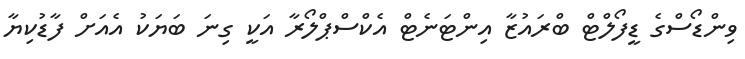
ވިންޑޯސްގެ ޑީފޯލްޓް ބްރައުޒާ އިންޓަނެޓް އެކްސްޕްލޯރާ އަކީ ގިނަ ބަޔަކު އެއަށް ފާޑުކިޔާ